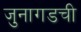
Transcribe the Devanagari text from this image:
जुनागडची